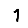
Digit: 1